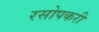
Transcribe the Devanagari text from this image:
रसोपकरी